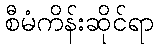
စီမံကိန်းဆိုင်ရာ